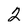
Character: 2